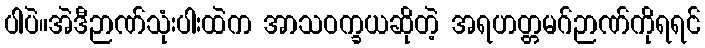
ပါပဲ။အဲဒီဉာဏ်သုံးပါးထဲက အာသဝက္ခယဆိုတဲ့ အရဟတ္တမဂ်ဉာဏ်ကိုရရင်